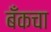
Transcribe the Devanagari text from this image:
बँकचा